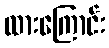
ထားကြောင်း